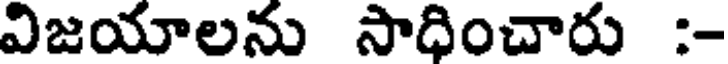
విజయాలను సాధించారు :-